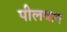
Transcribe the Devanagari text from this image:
पीलवान